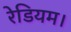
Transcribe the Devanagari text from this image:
रेडियम।